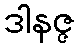
ဒါနဇ္ဇ